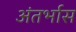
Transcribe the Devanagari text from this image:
अंतर्भास